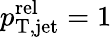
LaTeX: p_{\mathrm{T,jet}}^{\mathrm{rel}}=1